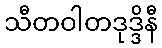
သီတဝါတဒုဒ္ဒိနီ